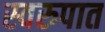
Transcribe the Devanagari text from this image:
स्‍वरुपात